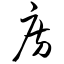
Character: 房